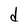
Character: d